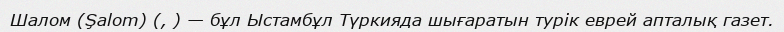
Шалом (Şalom) (, ) — бұл Ыстамбұл Түркияда шығаратын турік еврей апталық газет.